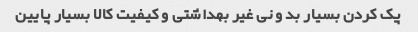
پک کردن بسیار بد و نی غیر بهداشتی و کیفیت کالا بسیار پایین